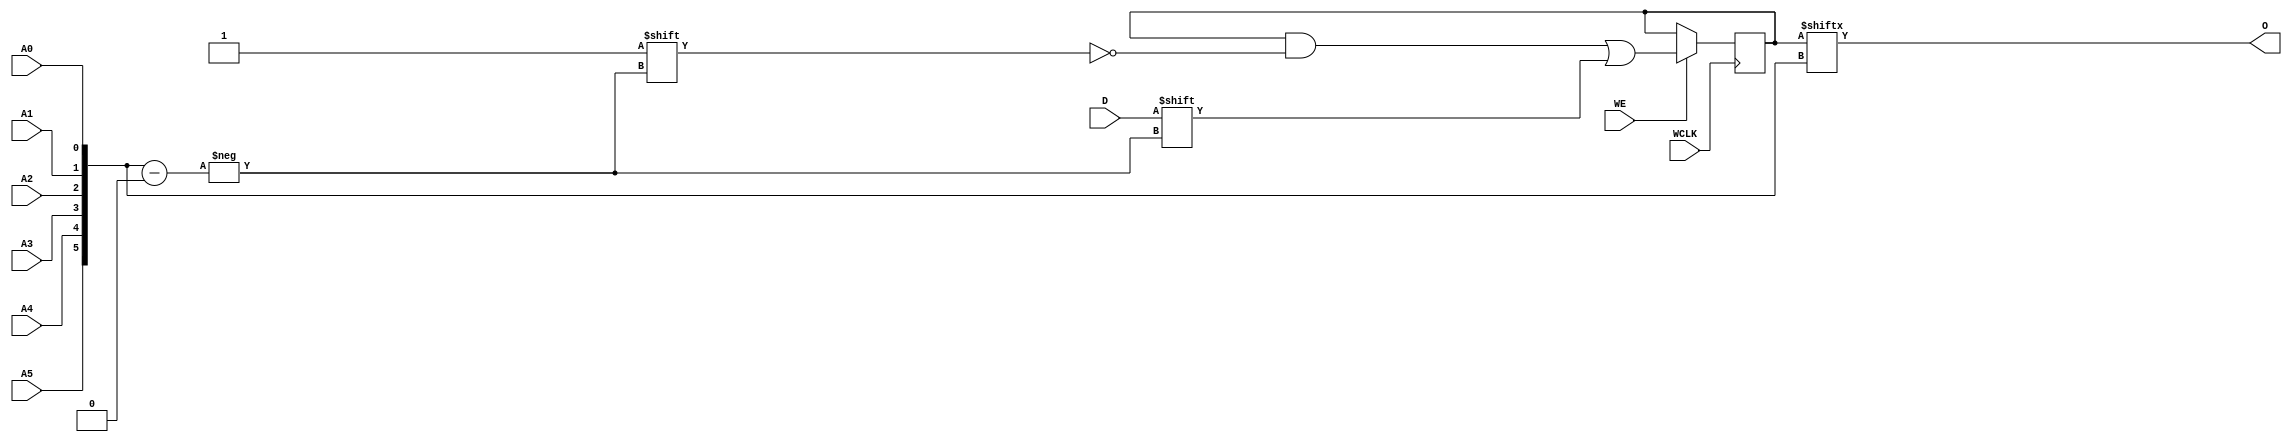
`ifdef verilator3
`else
`timescale 1 ps / 1 ps
`endif
//
// RAM64X1S primitive for Xilinx FPGAs
// Compatible with Verilator tool (www.veripool.org)
// Copyright (c) 2019-2022 Frdric REQUIN
// License : BSD
//

module RAM64X1S
#(
    parameter  [63:0] INIT = 64'h0,
    parameter   [0:0] IS_WCLK_INVERTED = 1'b0
)
(
    // Write clock
    input  wire       WCLK,
    // Write enable
    input  wire       WE,
    // Read / Write address
    input  wire       A0,
    input  wire       A1,
    input  wire       A2,
    input  wire       A3,
    input  wire       A4,
    input  wire       A5,
    // Data in
    input  wire       D,
    // Data out
    output wire       O
);
    // Read / Write address
    wire  [5:0] _w_A = { A5, A4, A3, A2, A1, A0 };
    // 64 x 1-bit Select RAM
    reg  [63:0] _r_mem;
    
    // Power-up value
    initial begin : INIT_STATE
        _r_mem = INIT;
    end
    
    // Synchronous memory write
    generate
        if (IS_WCLK_INVERTED) begin : GEN_WCLK_NEG
            always @(negedge WCLK) begin : MEM_WRITE
            
                if (WE) begin
                    _r_mem[_w_A] <= D;
                end
            end
        end
        else begin : GEN_WCLK_POS
            always @(posedge WCLK) begin : MEM_WRITE
            
                if (WE) begin
                    _r_mem[_w_A] <= D;
                end
            end
        end
    endgenerate
    
    // Asynchronous memory read
    assign O = _r_mem[_w_A];

endmodule